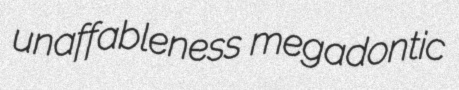
unaffableness megadontic